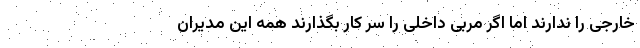
خارجی را ندارند اما اگر مربی داخلی را سر کار بگذارند همه این مدیران